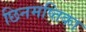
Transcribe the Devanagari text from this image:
छिनमष्तिका